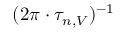
( 2 \pi \cdot \tau _ { n , V } ) ^ { - 1 }